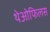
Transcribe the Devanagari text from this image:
थेओफिलस